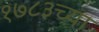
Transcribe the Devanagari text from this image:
१७८३च्या